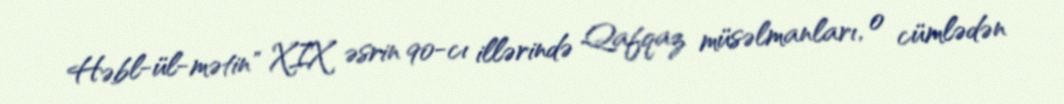
Həbl-ül-mətin" XIX əsrin 90-cı illərində Qafqaz müsəlmanları, o cümlədən